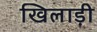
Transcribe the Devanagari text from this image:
खिलाड़ी